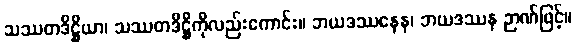
သဿတဒိဋ္ဌိယာ၊ သဿတဒိဋ္ဌိကိုလည်းကောင်း။ ဘယဒဿနေန၊ ဘယဒဿန ဉာဏ်ဖြင့်။